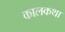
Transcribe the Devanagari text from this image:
कालकथा